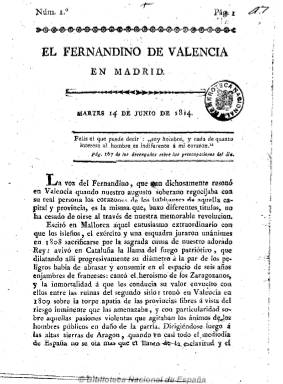
Título: El Fernandino de Valencia en Madrid
Colección: Periódicos anteriores a 1850
Ámbito geográfico: Madrid
Lugar de publicación: Madrid
Fechas: 14/06/1814-14/06/1814

El redactor de El fernandino se trasladará con Fernando VII de Valencia a la corte, en donde publicará este periódico, que pretende salir ahora los martes y viernes (bisemanal). La colección de la Biblioteca Nacional de España está formada por su primer número, de 14 de junio de 1814, de ocho páginas, señalando Gómez Imaz que en su prospecto se expresaba que su misión era “ilustrar a la opinión pública sobre los derechos sagrados del Rey y del Altar, sobre los que corresponden a las demás clases del Estado, y sobre el encarnizamiento criminal de los facciosos de estos últimos tiempos en su empeño de destruirlos”. Periódico reaccionario, que incluye artículos de opinión y de oficio, así como extractos de otros periódicos, con noticias sobre la restauración del absolutismo en España.